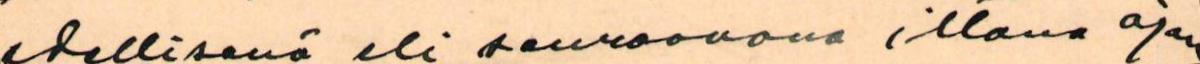
edellisenä eli seuraavana iltana ajan